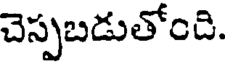
చెస్పబడుతోంది.